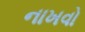
નાખવો